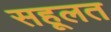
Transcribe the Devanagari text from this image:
सहूलत